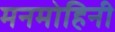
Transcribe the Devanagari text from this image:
मनमोहिनी